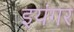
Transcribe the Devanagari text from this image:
इयंगर